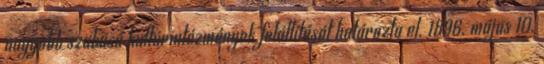
nagyobb szabású kultúrintézmények felállítását határozta el. 1896. május 10.